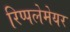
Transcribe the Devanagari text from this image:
रिप्‍पलेमेयर